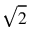
\sqrt { 2 }